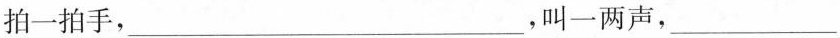
拍一拍手，___，叫一两声，___